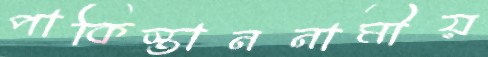
পাকিস্তাননামীয়